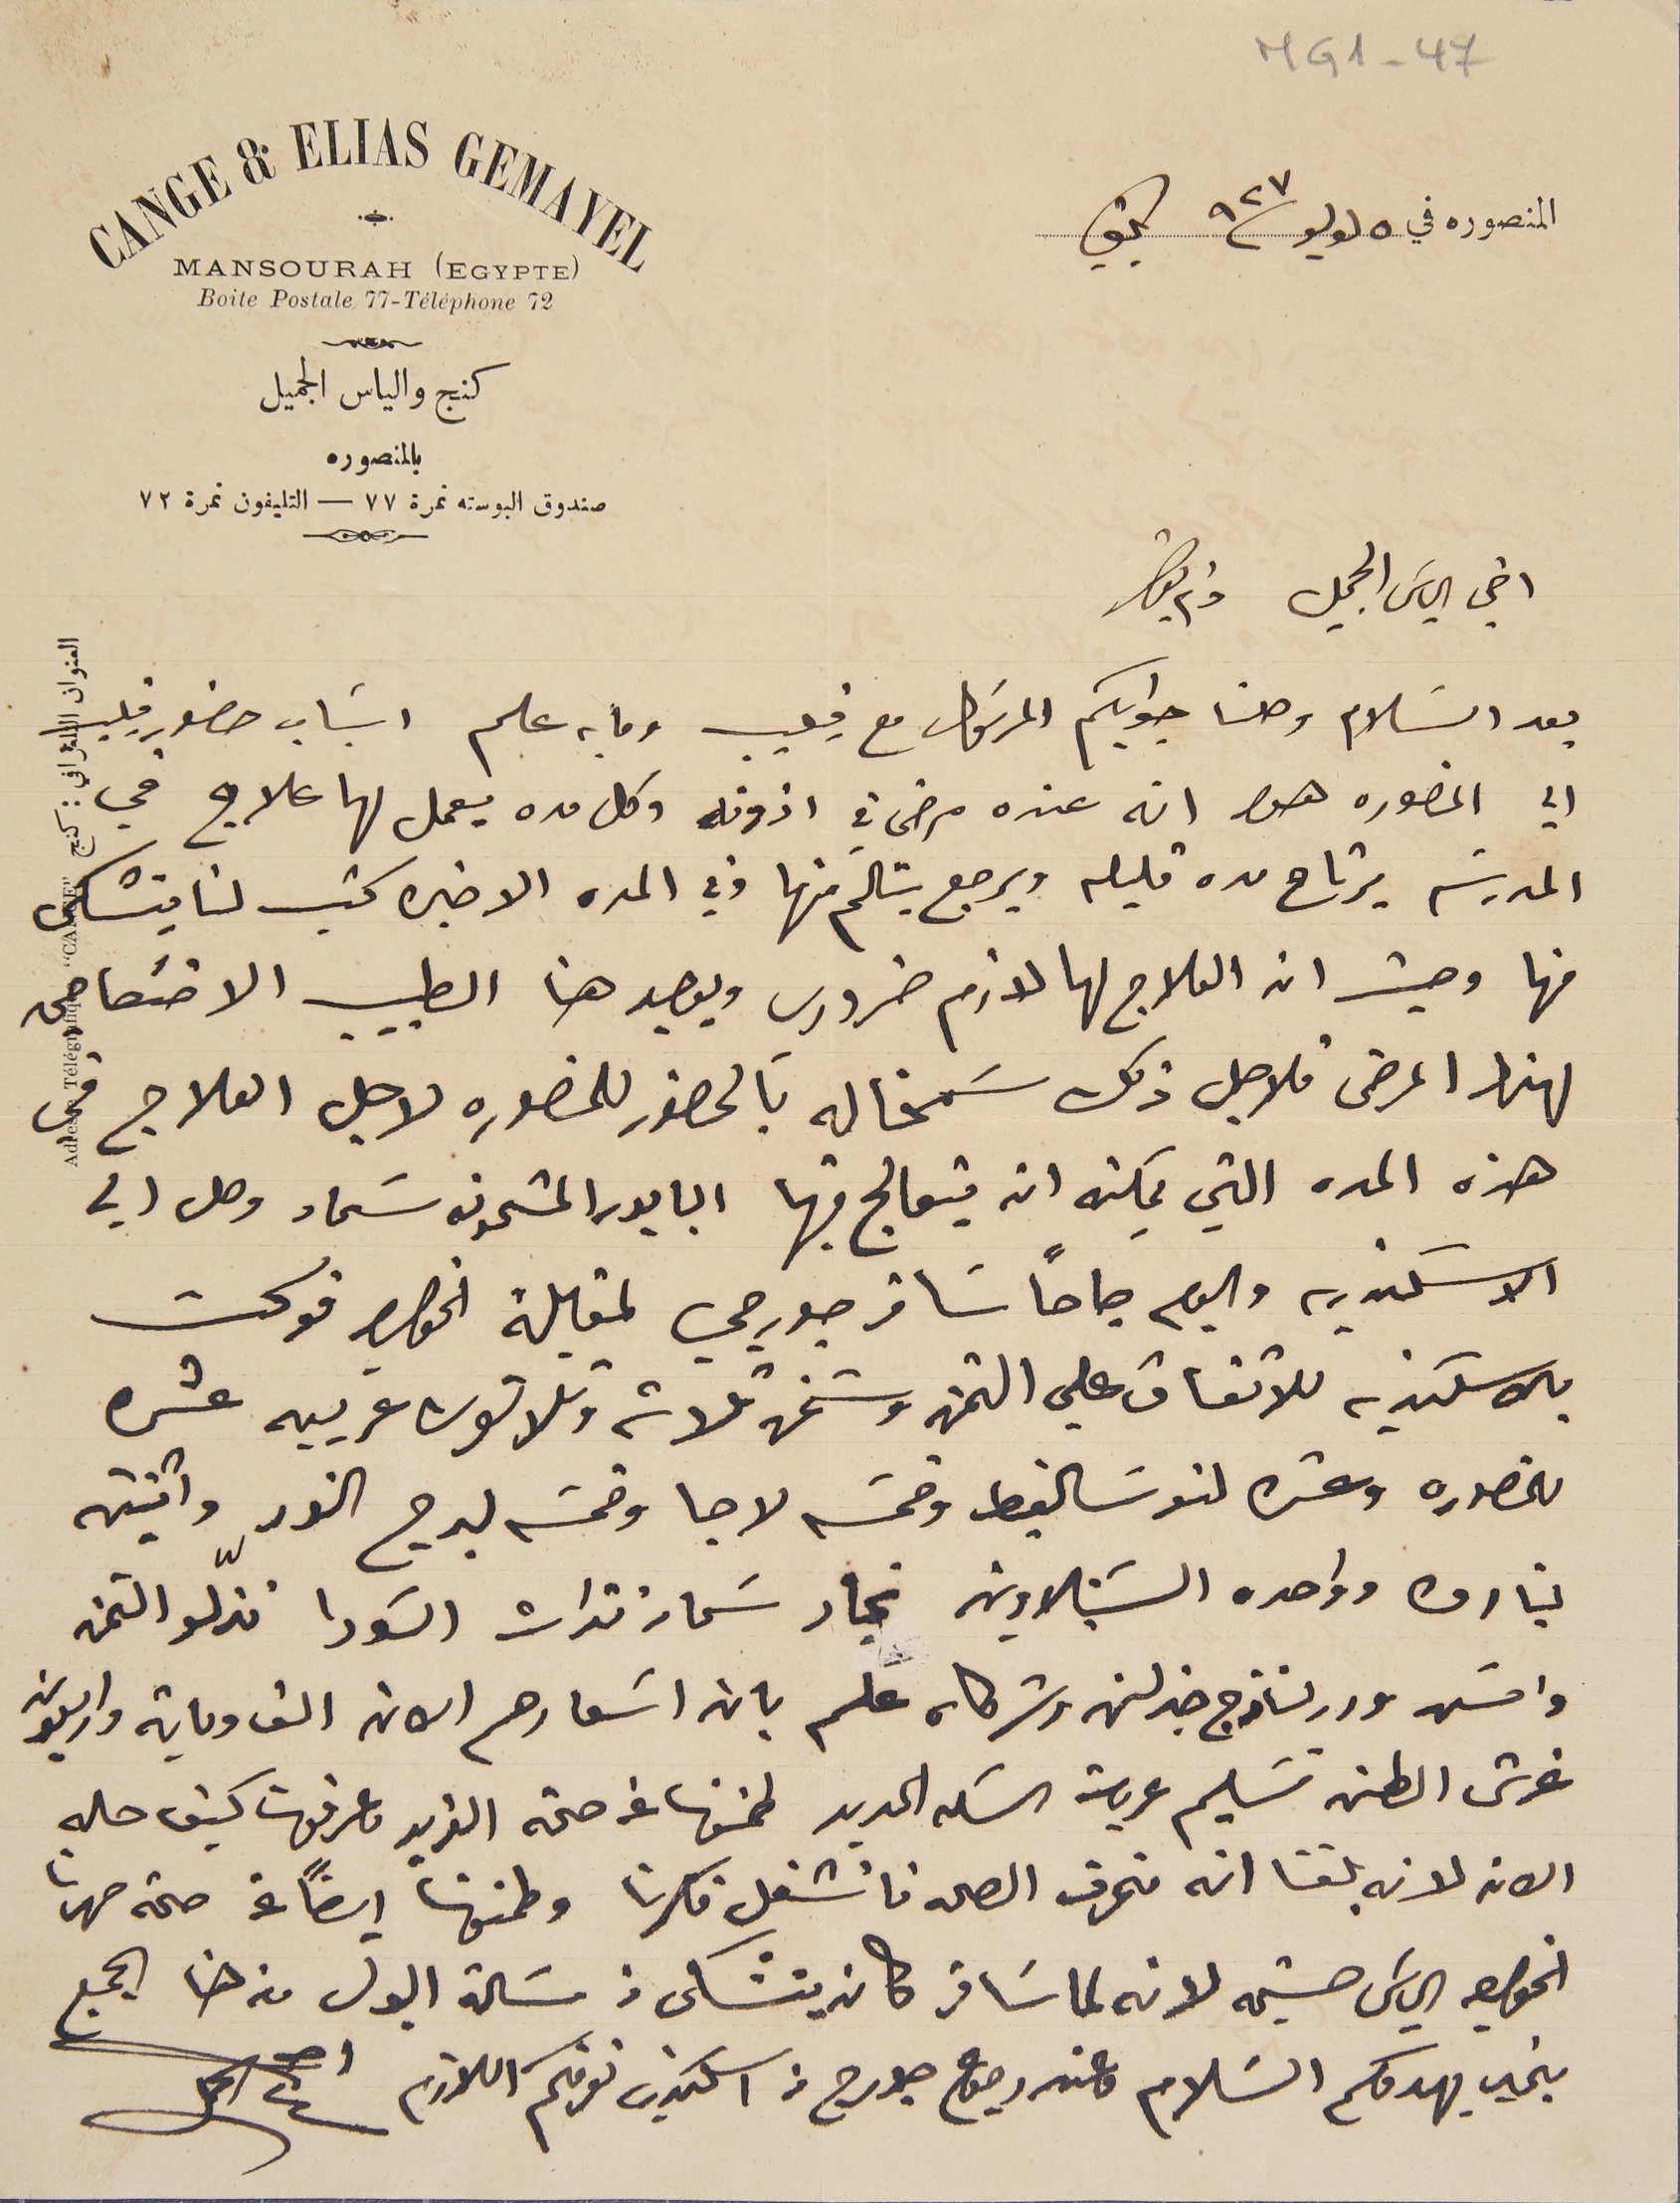
MG1-47
 المنصوره في ٥ لوليو ٩٢٧ بكفيا
اخي الياسَ الجميل دام بقاك
بعد السَلام وصلنا جوابكم المرسَول مع فيليب وما به علم اسَباب حضور فيليب
الي المنصوره هوا انه عنده مرض في اذونه وكل مده يعمل لها علاج في
المدرسَه يرتاح مده قليله ويرجع يتالَم منها وفي المده الاخيره كتب لنا يتشكى
منها وحيث ان العلاج لها لازم ضروري ويوجد هنا الطبيب الاختصاصي
لهذا المرض فلاجل ذلك سَمحنا له بَالحضور للمنصوره لاجل العلاج في
هذه المده التي يمكنه ان يتعالج فيها البابور المشحون سَماد وصل الي
الاسكندريه واليوم صباحاً سَافر جورجي لمقابلة الخواجه فوكت
بالاسكندريه للاتفاق علي الثمن وشحن ثلاثة وثلاثون عربيه عشره
للمنصوره وعشره لنوسَالغيط وخمسة لاجا وخمسة لبرج النور واثنتين
لتيارن وواحده الشبنلاوين تجار سَماد نترات السًودا نزّلو الثمن
وامسَ ورد لنازج خبرلن وشركاه علم بان اسَعارهم الان الف وماية واربعون
غرش الطن تسَليم عربة السكه الحديد طمنونا عن صحة الفريد وعرفونا كيف حاله
الان لانه بلغنا انه منحرف الصحه فانشغل فكرنا وطمنونا ايضاً عن صحة صهرنا
الخواجه الياسَ حشيمه لانه لما سًافر كان يتشكى من مسًالة البول من هنا الجميع
بخير يهدوكم السًلام وعند رجوع جورج من اسكندريه نعرفكم اللازم
CANGE & ELIAS GEMAYEL
MANSOURAH (EGYPTE)
Boite Postale 77-Téléphone 72
كنج والياس الجميل
بالمنصوره
صندوق البوسته نمرة ٧٧ – التليفون نمرة ٧٢